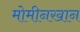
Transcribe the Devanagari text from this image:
मोमीनखान